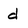
Character: d